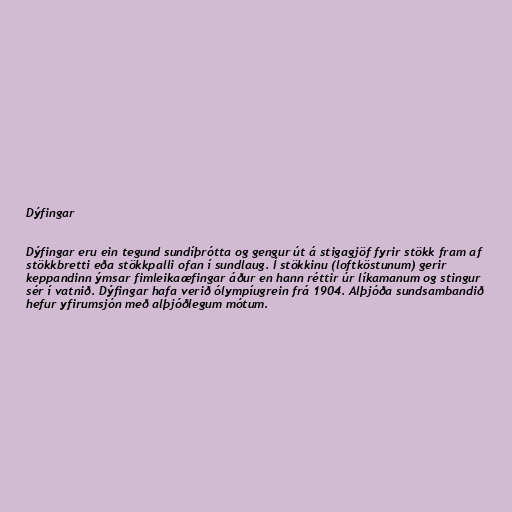
Dýfingar

Dýfingar eru ein tegund sundíþrótta og gengur út á stigagjöf fyrir stökk fram af
stökkbretti eða stökkpalli ofan í sundlaug. Í stökkinu (loftköstunum) gerir
keppandinn ýmsar fimleikaæfingar áður en hann réttir úr líkamanum og stingur
sér í vatnið. Dýfingar hafa verið ólympíugrein frá 1904. Alþjóða sundsambandið
hefur yfirumsjón með alþjóðlegum mótum.